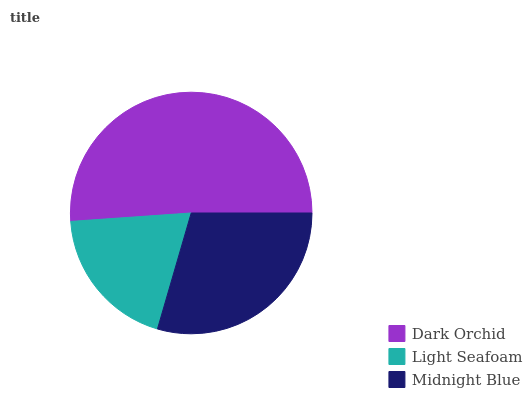
| Dark Orchid | Light Seafoam | Midnight Blue |
 | --- | --- | --- |
 | 51.1% | 19.4% | 29.5% |